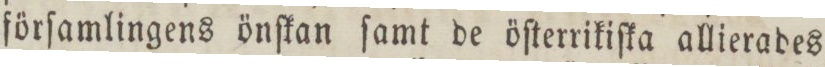
förſamlingens önſkan ſamt de öſterrikiſka allierades